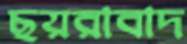
ছয়রাবাদ